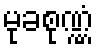
မုခစုဏ္ဏံ